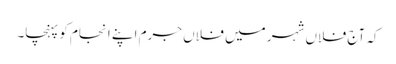
کہ آج فلاں شہر میں فلاں جرم اپنے انجام کو پہنچا۔